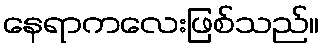
နေရာကလေးဖြစ်သည်။